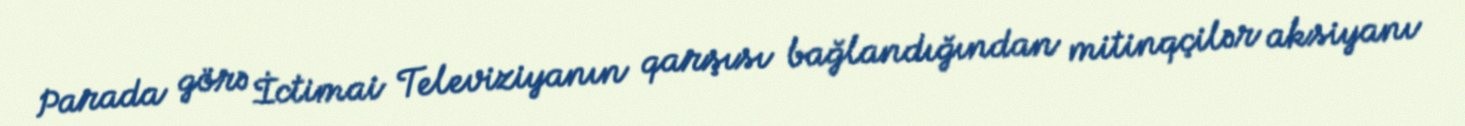
Parada görə İctimai Televiziyanın qarşısı bağlandığından mitinqçilər aksiyanı